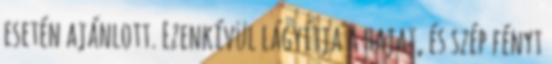
esetén ajánlott. Ezenkívül lágyítja a hajat, és szép fényt